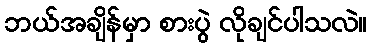
ဘယ်အချိန်မှာ စားပွဲ လိုချင်ပါသလဲ။